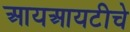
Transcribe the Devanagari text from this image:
आयआयटीचे